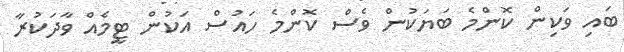
ބައި ވަކިން ކޮންމެ ބަޔަކުން ވެސް ކޮންމެ ހައުސް އަކުން ޓީމެއް ވާދަކުރާ